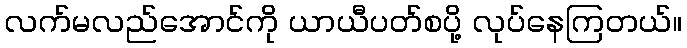
လက်မလည်အောင်ကို ယာယီပတ်စပို့ လုပ်နေကြတယ်။